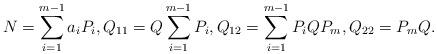
LaTeX: \begin{align*}N=\sum_{i=1}^{m-1} a_iP_i,Q_{11}=Q\sum_{i=1}^{m-1}P_i,Q_{12}=\sum_{i=1}^{m-1}P_iQP_m,Q_{22}=P_mQ.\end{align*}